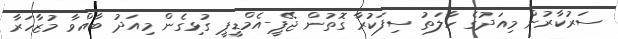
ސަރުކާރުން މިއަދުގެ ހާލަތު ސިފަކުރާ ގޮތުން ޖޭޕީ-އެމްޑީޕީ ގުޅިގެން މިއަދު ބާއްވާ މުޒާހަރާ